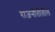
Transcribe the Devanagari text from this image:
राजनीतीतील